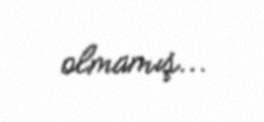
olmamış...